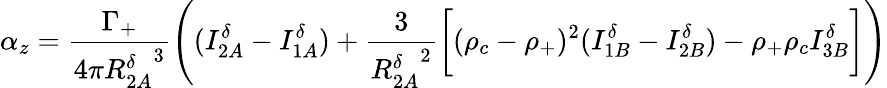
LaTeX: \alpha_{z}=\frac{\Gamma_{+}}{4\pi{R_{2A}^{\delta}}^{3}}\Bigg((I_{2A}^{\delta}-I_{1A}^{\delta})+\frac{3}{{R_{2A}^{\delta}}^{2}}\bigg[(\rho_{c}-\rho_{+})^{2}(I_{1B}^{\delta}-I_{2B}^{\delta})-\rho_{+}\rho_{c}I_{3B}^{\delta}\bigg]\Bigg)